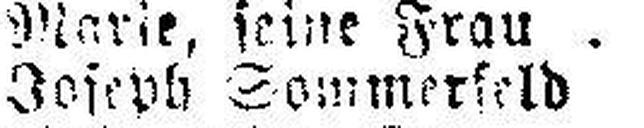
Joseph Sommerfeld